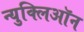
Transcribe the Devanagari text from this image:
न्युक्लिऑन